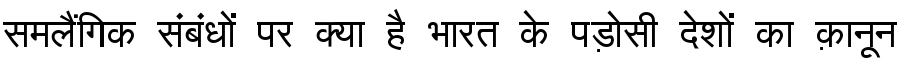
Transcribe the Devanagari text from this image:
समलैंगिक संबंधों पर क्या है भारत के पड़ोसी देशों का क़ानून